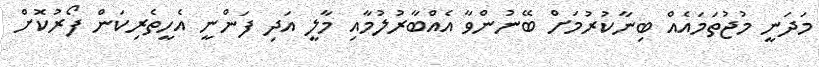
މަދަނީ މުޖުތަމައެއް ބިނާކުރުމަށް ބޭނުންވާ އެއްބާރުލުމާއި މާލީ އަދި ފަންނީ އެހީތެރިކަން ފޯރުކޮށް